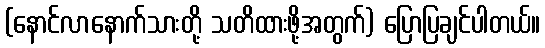
(နောင်လာနောက်သားတို့ သတိထားဖို့အတွက်) ပြောပြချင်ပါတယ်။